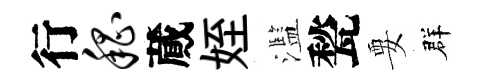
行嵇蕆姪濫甃要群